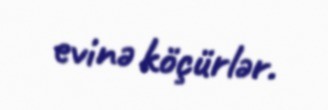
evinə köçürlər.